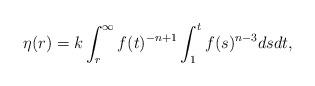
LaTeX: \begin{align*} \eta(r) = k \int_r^\infty f(t)^{-n+1} \int_1^t f(s)^{n-3} ds dt, \end{align*}